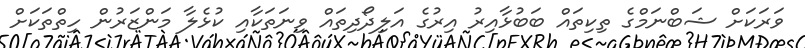
ވަރަކަށް ޝަބްނަމްގެ ތިކިތައް ބަބުޅާއިރު އިރުގެ އަލިދޯދިތައް ވިނަތަކާއި ކުޅެލާ މަންޒަރުން ހިތްތަކަށް